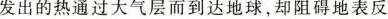
发出的热通过大气层而到达地球，却阻碍地表反